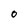
Character: 0